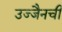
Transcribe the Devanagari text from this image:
उज्जैनची